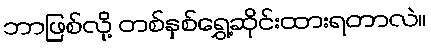
ဘာဖြစ်လို့ တစ်နှစ်ရွှေ့ဆိုင်းထားရတာလဲ။